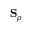
{ \bf S } _ { \rho }